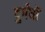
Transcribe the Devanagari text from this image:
दुर्गंधों